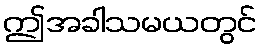
ဤအခါသမယတွင်